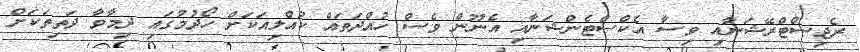
ރެޖިސްޓްރޭޝަނާއި ވިސާ އެކްސްޓެންޝަނާއި އެނޫން ވެސް ހުއްދަތައް ކުއްލިއަކަށް ހޯދުމުގައި ދިމާވާ ދަތިތަކަށް